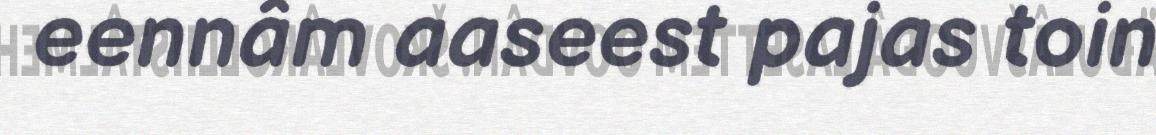
eennâm aaseest pajas toin